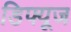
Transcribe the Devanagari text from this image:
डिफ्यूज